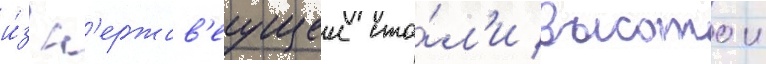
и́з н'ержав'еущеи ста́л'и высотои